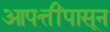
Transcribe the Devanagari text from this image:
आपत्तींपासून